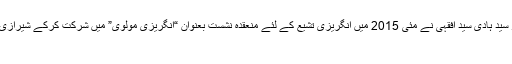
مشرق وسطی کے مسائل کے ماہر پروفیسر سید ہادی سید افقہی نے مئی 2015 میں انگریزی تشیّع کے لئے منعقدہ نشست بعنوان “انگریزی مولوی” میں شرکت کرکے شیرازی فرقے کے اہداف و مقاصد یوں بیان کئے: ”
1۔